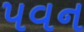
પવન